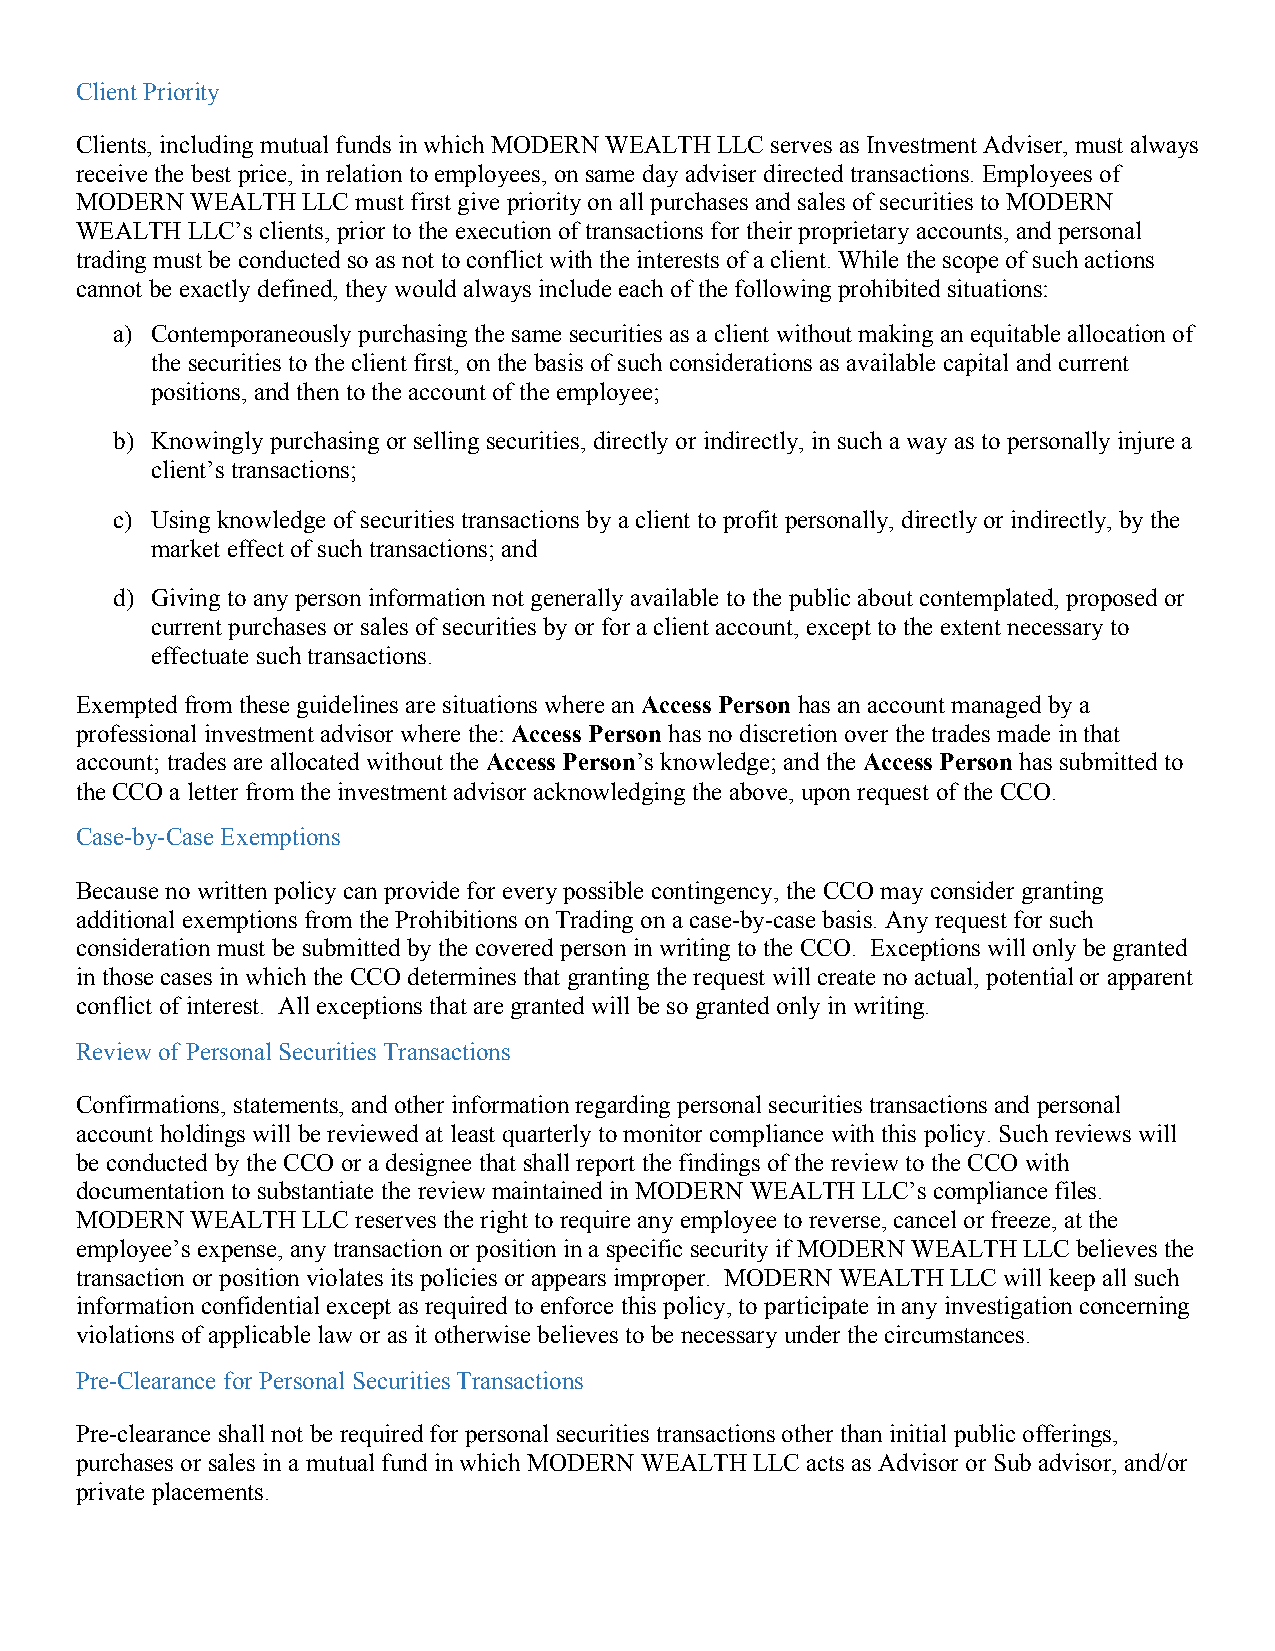
Client Priority
 Clients, including mutual funds in which MODERN WEALTH LLC serves as Investment Adviser, must always
 receive the best price, in relation to employees, on same day adviser directed transactions. Employees of
 MODERN  WEALTH LLC must first give priority on all purchases and sales of securities to MODERN
 WEALTH LLC’s clients, prior to the execution of transactions for their proprietary accounts, and personal
 trading must be conducted so as not to conflict with the interests of a client. While the scope of such actions
 cannot be exactly defined, they would always include each of the following prohibited situations:
 a) Contemporaneously purchasing the same securities as a client without making an equitable allocation of
 the securities to the client first, on the basis of such considerations as available capital and current
 positions, and then to the account of the employee;
 b) Knowingly purchasing or selling securities, directly or indirectly, in such a way as to personally injure a
 client’s transactions;
 c) Using knowledge of securities transactions by a client to profit personally, directly or indirectly, by the
 market effect of such transactions; and
 d) Giving to any person information not generally available to the public about contemplated, proposed or
 current purchases or sales of securities by or for a client account, except to the extent necessary to
 effectuate such transactions.
 Exempted from these guidelines are situations where an Access Person has an account managed by a
 professional investment advisor where the: Access Person has no discretion over the trades made in that
 account; trades are allocated without the Access Person’s knowledge; and the Access Person has submitted to
 the CCO a letter from the investment advisor acknowledging the above, upon request of the CCO.
 Case-by-Case Exemptions
 Because no written policy can provide for every possible contingency, the CCO may consider granting
 additional exemptions from the Prohibitions on Trading on a case-by-case basis. Any request for such
 consideration must be submitted by the covered person in writing to the CCO. Exceptions will only be granted
 in those cases in which the CCO determines that granting the request will create no actual, potential or apparent
 conflict of interest. All exceptions that are granted will be so granted only in writing.
 Review of Personal Securities Transactions
 Confirmations, statements, and other information regarding personal securities transactions and personal
 account holdings will be reviewed at least quarterly to monitor compliance with this policy. Such reviews will
 be conducted by the CCO or a designee that shall report the findings of the review to the CCO with
 documentation to substantiate the review maintained in MODERN WEALTH LLC’s compliance files.
 MODERN  WEALTH LLC reserves the right to require any employee to reverse, cancel or freeze, at the
 employee’s expense, any transaction or position in a specific security if MODERN WEALTH LLC believes the
 transaction or position violates its policies or appears improper. MODERN WEALTH LLC will keep all such
 information confidential except as required to enforce this policy, to participate in any investigation concerning
 violations of applicable law or as it otherwise believes to be necessary under the circumstances.
 Pre-Clearance for Personal Securities Transactions
 Pre-clearance shall not be required for personal securities transactions other than initial public offerings,
 purchases or sales in a mutual fund in which MODERN WEALTH LLC acts as Advisor or Sub advisor, and/or
 private placements.